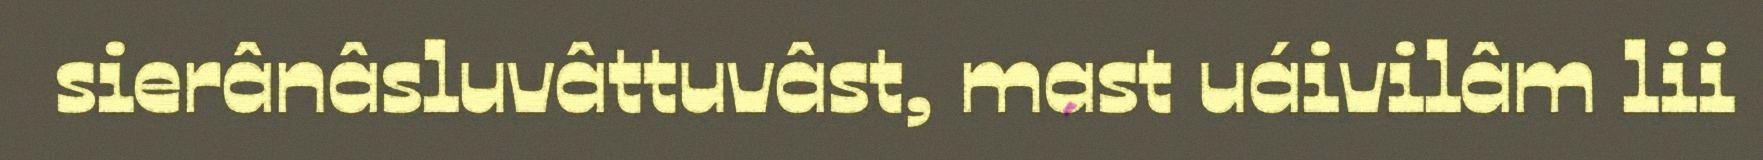
sierânâsluvâttuvâst, mast uáivilâm lii